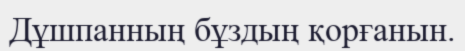
Дұшпанның бұздың қорғанын.